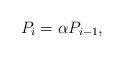
LaTeX: \begin{align*}P_{i}=\alpha P_{i-1},\end{align*}